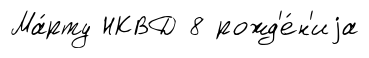
Ма́рту НКВД 8 рожд'е́н'иjа